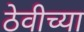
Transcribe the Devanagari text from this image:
ठेवीच्या